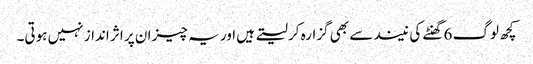
کچھ لوگ 6 گھنٹے کی نیند سے بھی گزارہ کر لیتے ہیں اور یہ چیز ان پر اثر انداز نہیں ہوتی۔